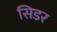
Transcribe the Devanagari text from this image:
सिडर